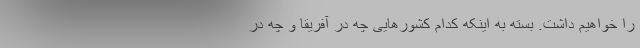
را خواهیم داشت. بسته به اینکه کدام کشورهایی چه در آفریقا و چه در